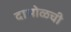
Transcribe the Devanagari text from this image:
दाभोळची